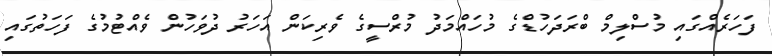
ފަހަރެއްގައި މުސްލިމް ބްރަދަހުޑްގެ މުހައްމަދު މުރްސީގެ ވެރިކަން އަހަރު ދުވަހުން ވެއްޓުމުގެ ފަހަތުގައި